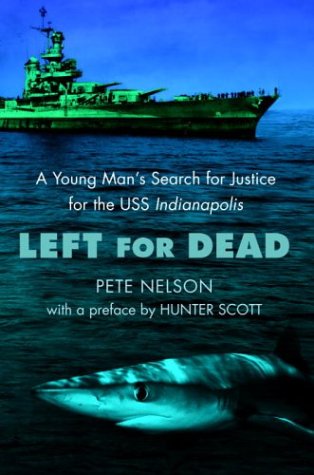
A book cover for Left for Dead: A Young Man's Search for Justice for the USS Indianapolis; Pete Nelson; History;